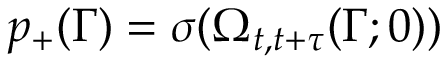
p _ { + } ( \Gamma ) = \sigma ( \Omega _ { t , t + \tau } ( \Gamma ; 0 ) )